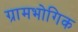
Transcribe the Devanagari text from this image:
ग्रामभोगिक